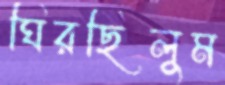
ঘিরছিলুম